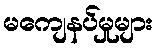
မကျေနပ်မှုများ